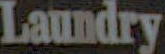
Laundry